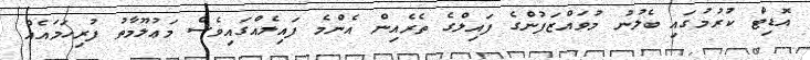
އޮޑިޓް ކުރުމުގައި ބެލުނު މުވައްޒަފުންގެ ފައިލްގެ ތެރެއިން އެންމެ ފައިލެއްގައިވެސް މަޢުލޫމާތު ފުރިހަމައެއް